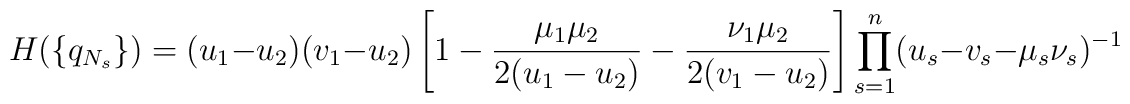
H(\{q_{N_s}\})=(u_1-u_2)(v_1-u_2)\left[1-\frac{\mu_1\mu_2}{2(u_1-u_2)}-\frac{\nu_1\mu_2}{2(v_1-u_2)}\right]\prod_{s=1}^n(u_s-v_s-\mu_s\nu_s)^{-1}